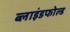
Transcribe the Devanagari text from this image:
ब्लाइंडफोल्ड